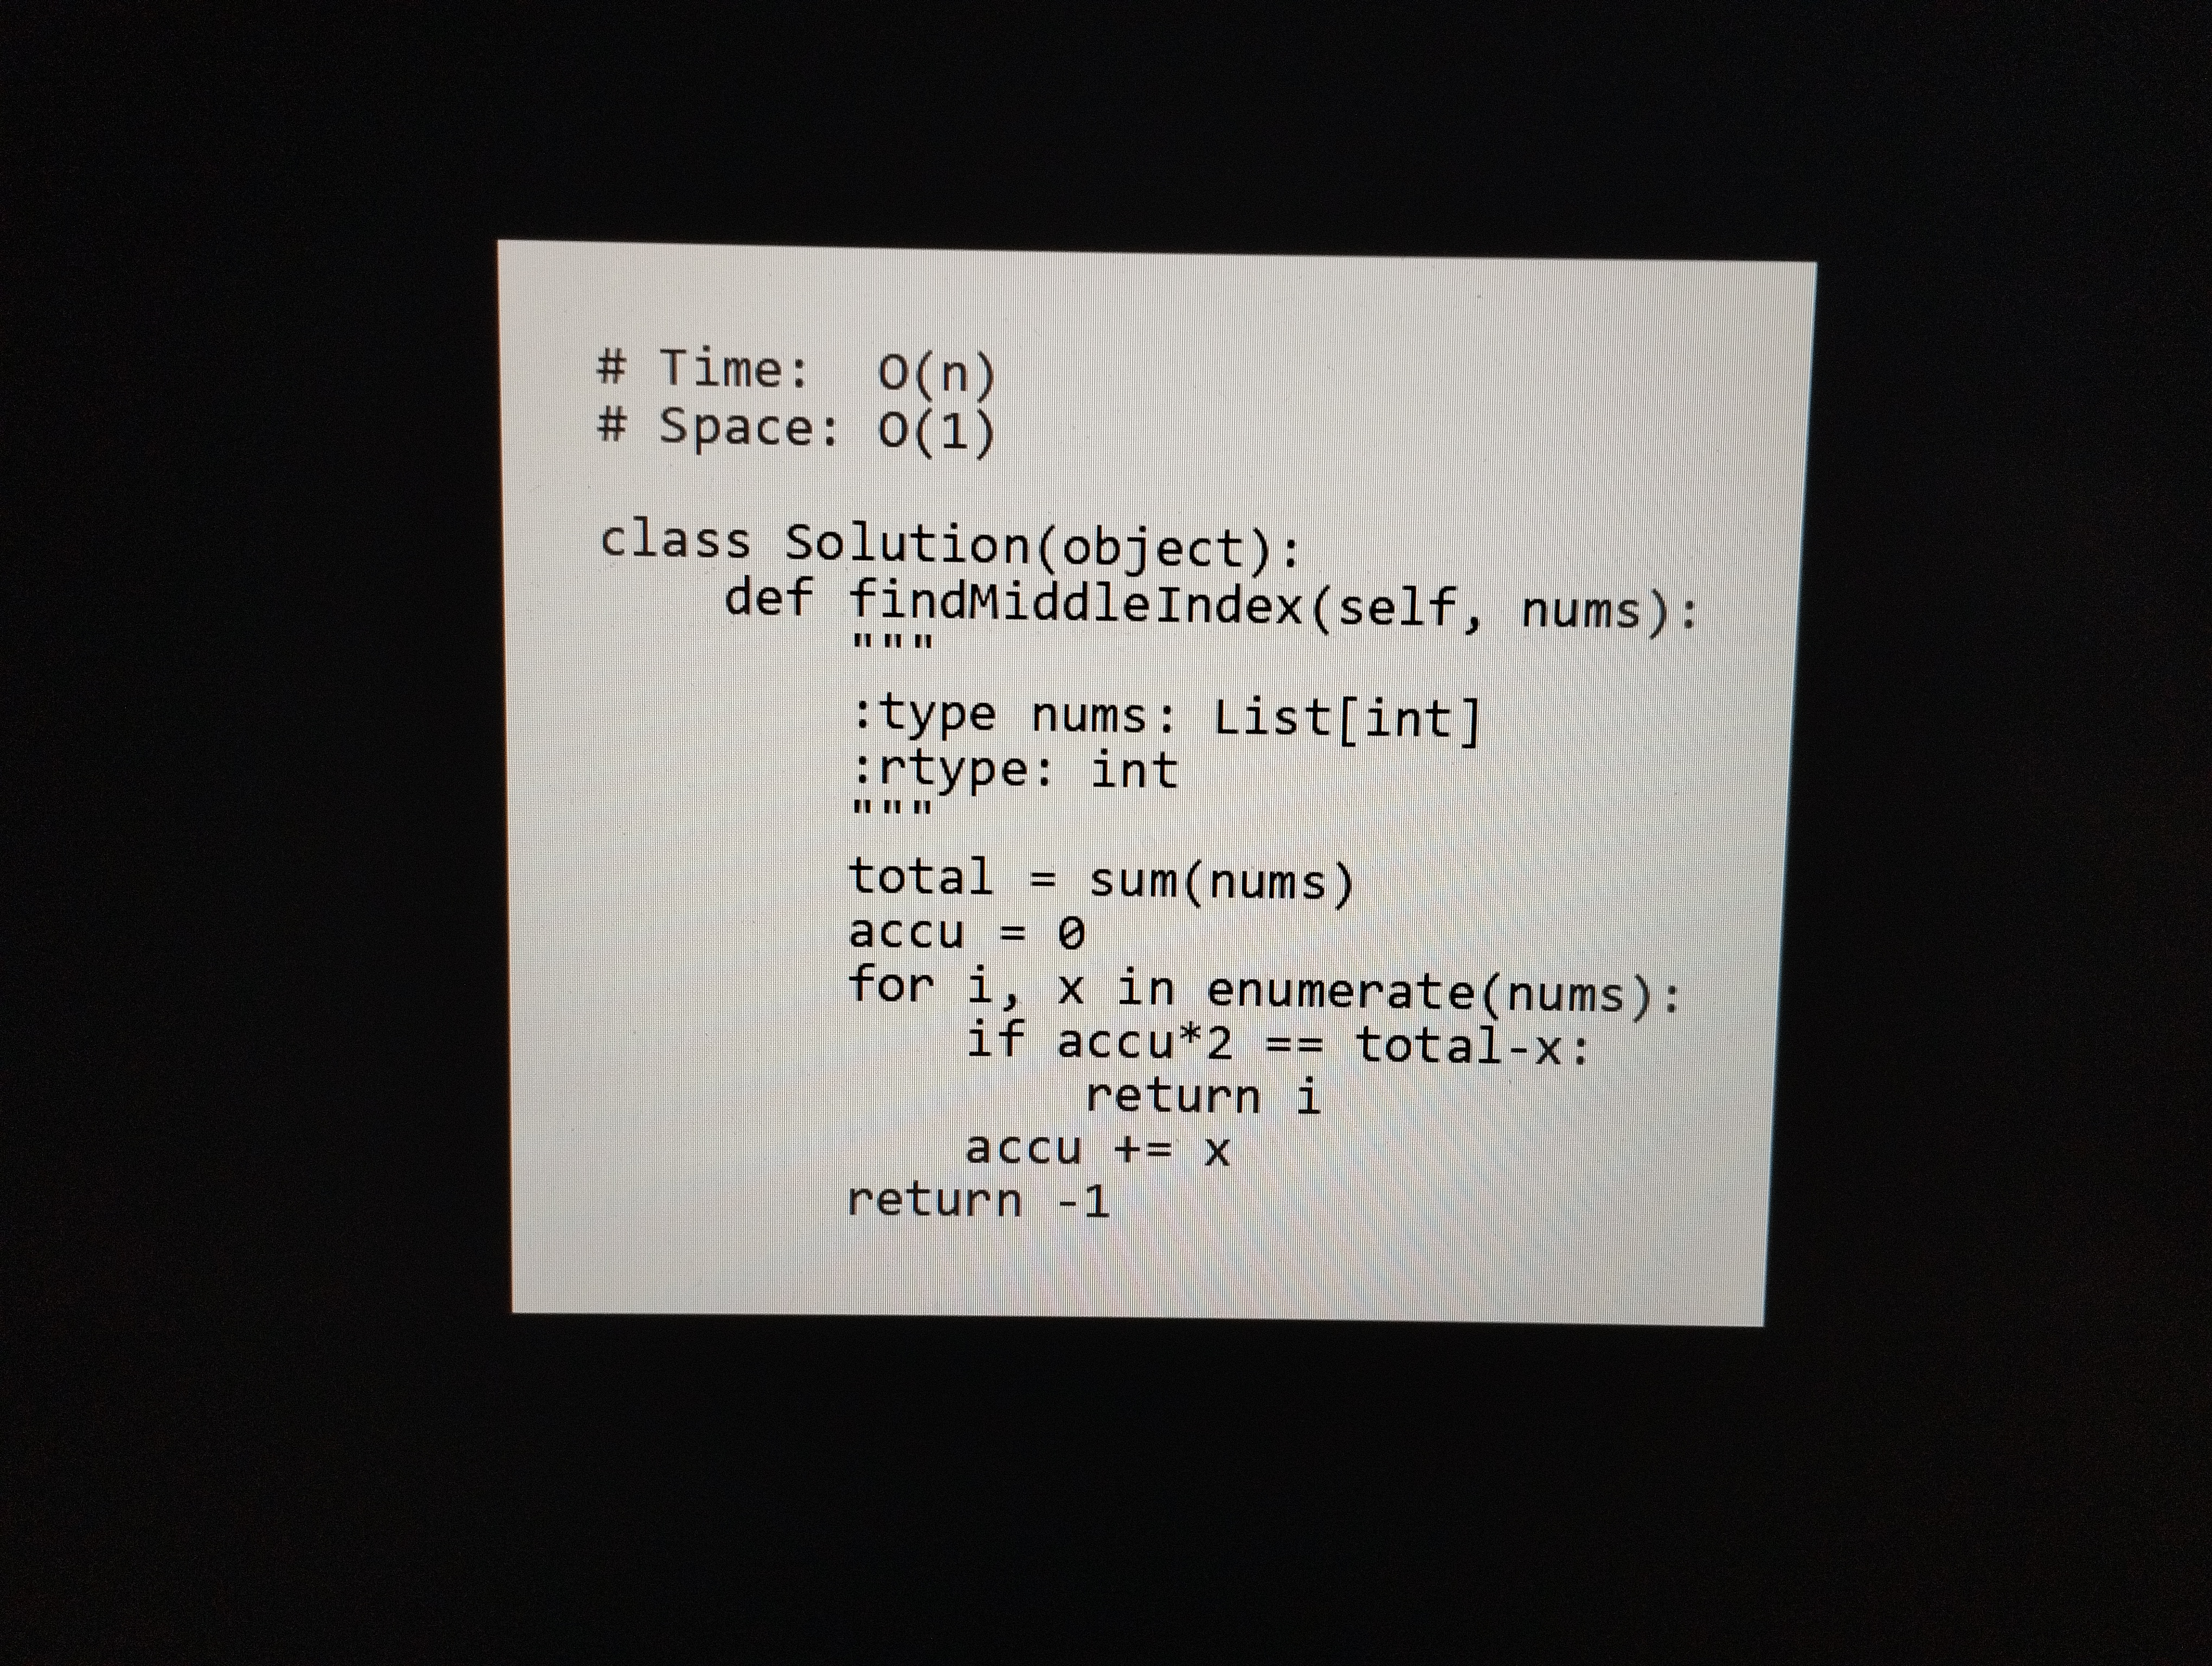
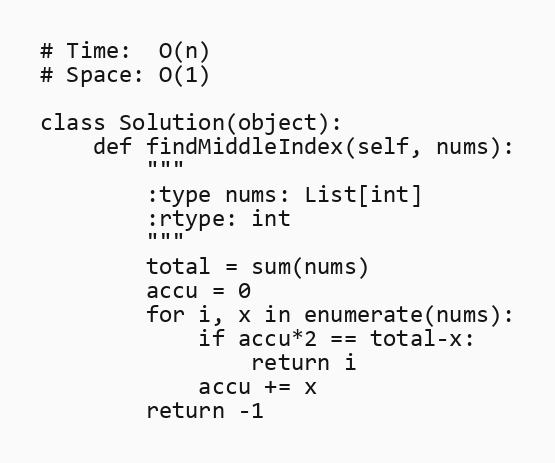
# Time:  O(n)
# Space: O(1)

class Solution(object):
    def findMiddleIndex(self, nums):
        """
        :type nums: List[int]
        :rtype: int
        """
        total = sum(nums)
        accu = 0
        for i, x in enumerate(nums):
            if accu*2 == total-x:
                return i
            accu += x
        return -1